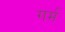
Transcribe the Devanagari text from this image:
गर्म